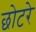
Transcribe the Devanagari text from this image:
छोटरे